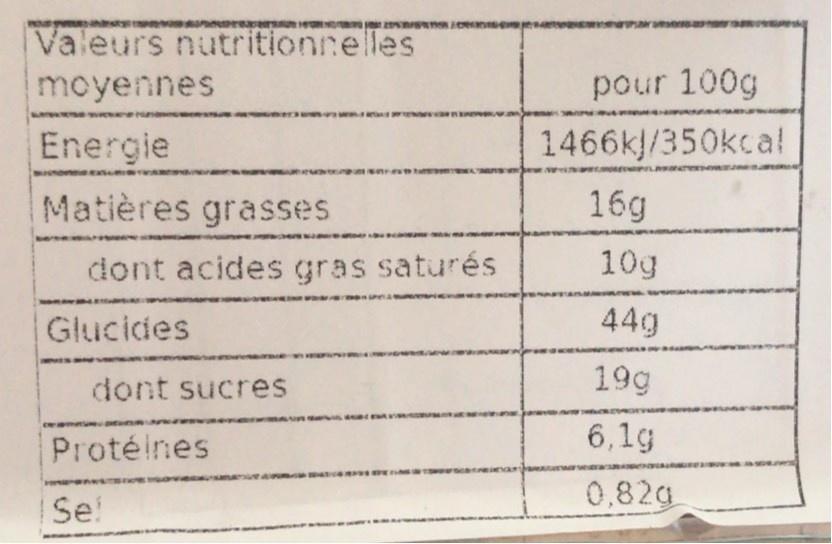
Valeurs nutritionnelles
moyennes
pour 100g
Energie
1466k/350kcal
Matières grasses
16g
dont acides gras saturés
10g
Glucides
44g
dont sucres
19g
Protéines
6,1g
0,82a
Se!
%24